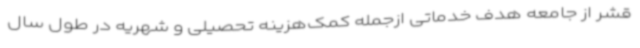
قشر از جامعه هدف خدماتی ازجمله کمک‌هزینه تحصیلی و شهریه در طول سال